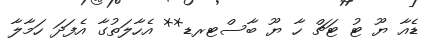
ޑެއާ ޔޫ ޓު ޓަޗް ހާ ޔޫ ބާސްޓރޑ** އެހާލަތުގާ އެފަދަ ހަމާލާ